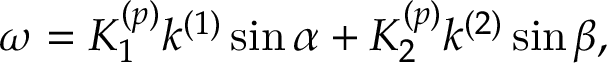
\omega = K _ { 1 } ^ { ( p ) } k ^ { ( 1 ) } \sin \alpha + K _ { 2 } ^ { ( p ) } k ^ { ( 2 ) } \sin \beta ,